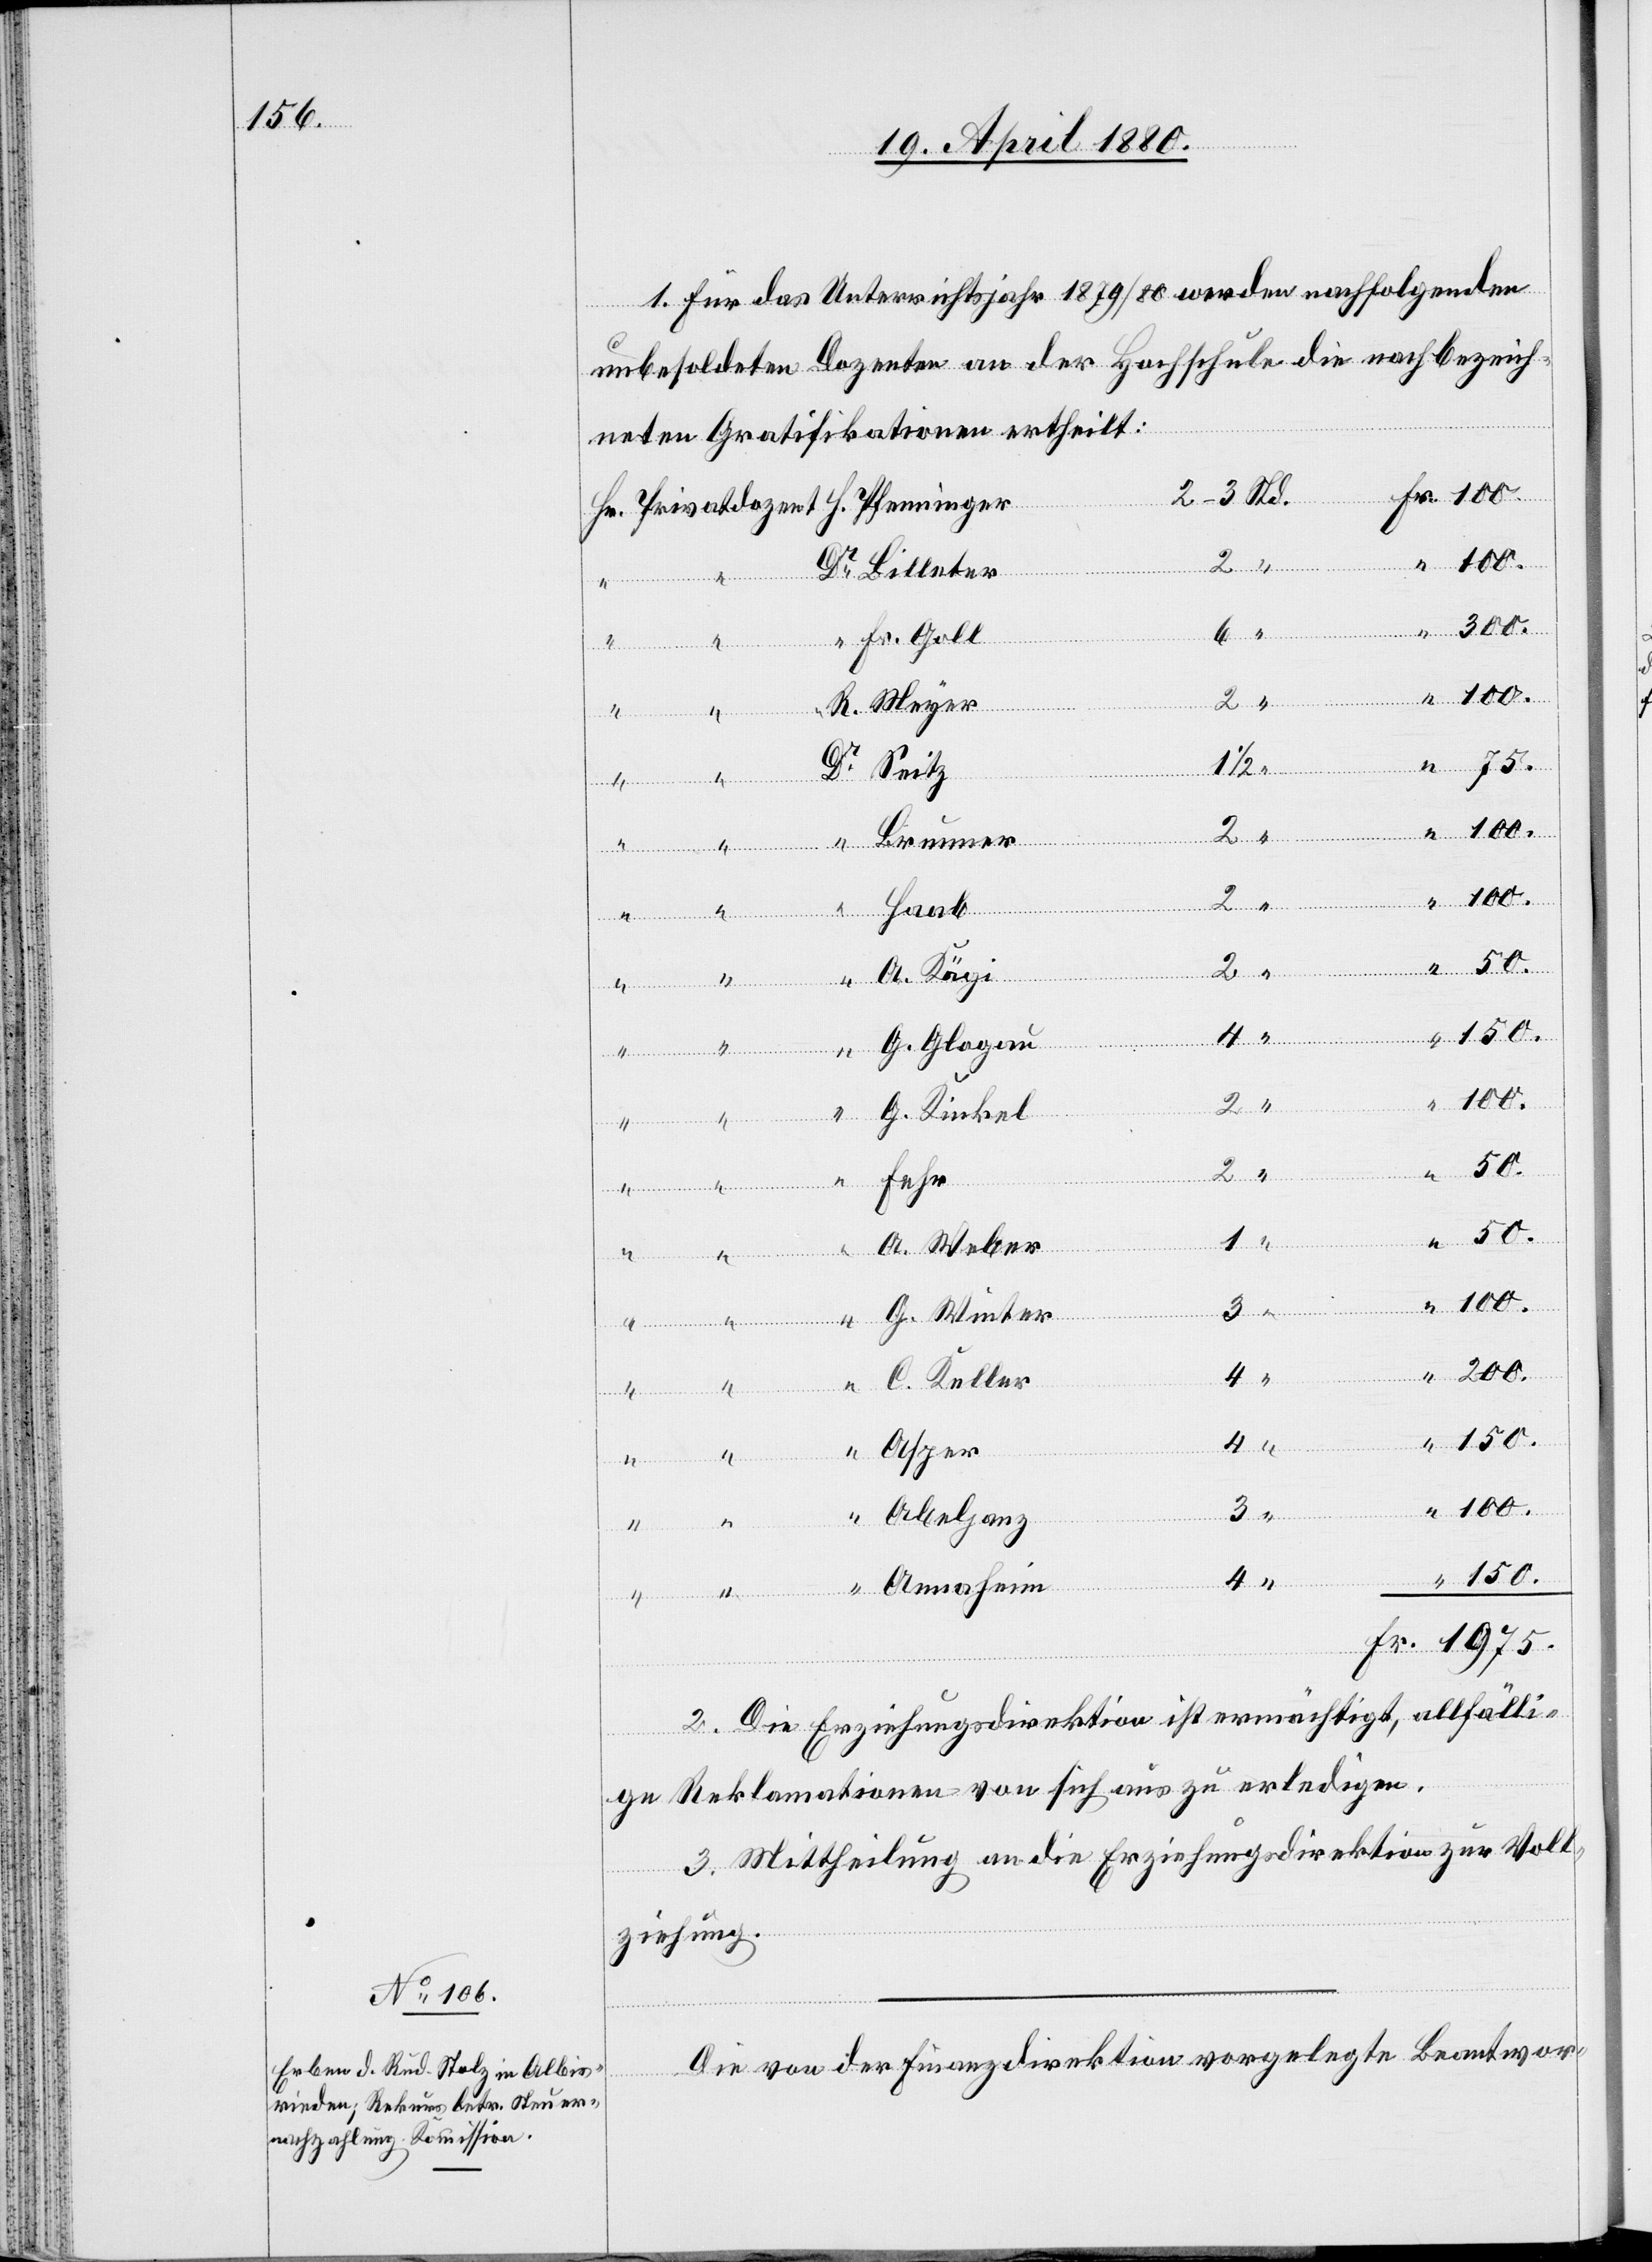
1. Für das Unterrichtsjahr 1869/80 werden nachfolgenden
unbesoldete Dozenten an der Hochschule die nachbezeich¬
Hr.
neten Gratifikationen ertheilt:
50.
Fr.
Fr. Goll
3
“
R. Meyer
1975
“
Brunner
Priva¬
A. Kägi
G. Glogau
150.
4
G. Kinkel
Haab
Fehr
A. Weber
G. Winter
Pfenninger
200.
C. Keller
“
Asper
Abeljanz
Annaheim
Seitz
2. Die Erziehungsdirektion ist ermächtigt, allfälli¬
ge Reklamationen von sich aus zu erledigen.
3. Mittheilung an die Erziehungsdirektion zur Voll¬
ziehung.
Die von der Finanzdirektion vorgelegte Beantwor-
“

“